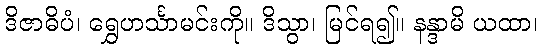
ဒိဇာဓိပံ၊ ရွှေဟင်္သာမင်းကို။ ဒိသွာ၊ မြင်ရ၍။ နန္ဒာမိ ယထာ၊